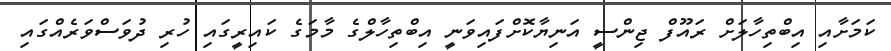
ކަމަށާއި އިބްތިހާލަށް ރައޫފް ޖިންސީ އަނިޔާކޮށްފައިވަނީ އިބްތިހާލްގެ މާމަގެ ކައިރީގައި ހުރި ދުވަސްވަރެއްގައި